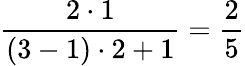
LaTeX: \frac{2\cdot 1}{(3-1)\cdot 2+1}=\frac{2}{5}